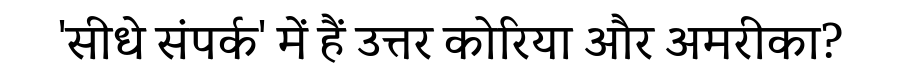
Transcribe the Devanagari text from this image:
'सीधे संपर्क' में हैं उत्तर कोरिया और अमरीका?